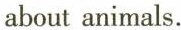
about animals.